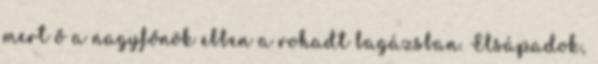
mert ő a nagyfőnök ebben a rohadt bagázsban. Elsápadok,